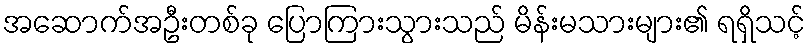
အဆောက်အဦးတစ်ခု ပြောကြားသွားသည် မိန်းမသားများ၏ ရရှိသင့်